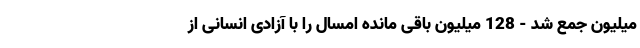
میلیون جمع شد - 128 میلیون باقی مانده امسال را با آزادی انسانی از